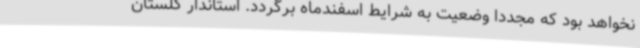
نخواهد بود که مجدداً وضعیت به شرایط اسفندماه برگردد. استاندار گلستان